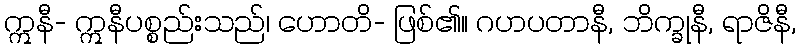
ဣနီ- ဣနီပစ္စည်းသည်၊ ဟောတိ- ဖြစ်၏။ ဂဟပတာနီ, ဘိက္ခုနီ, ရာဇိနီ,